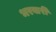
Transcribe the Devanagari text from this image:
भरवारी